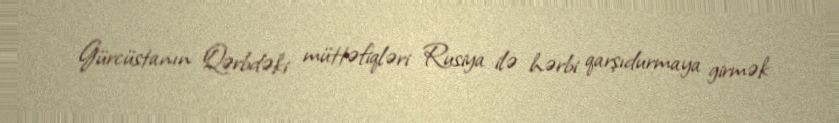
Gürcüstanın Qərbdəki müttəfiqləri Rusiya ilə hərbi qarşıdurmaya girmək